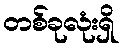
တစ်ခုလုံးရှိ